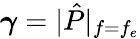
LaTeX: \boldsymbol{\gamma}=|\hat{P}|_{f=f_{e}}